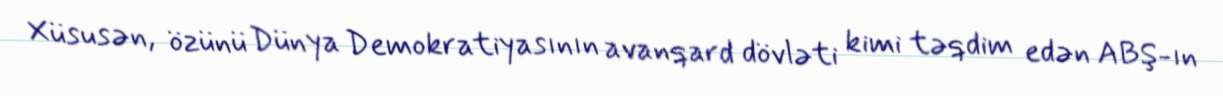
Xüsusən, özünü Dünya Demokratiyasının avanqard dövləti kimi təqdim edən ABŞ-ın